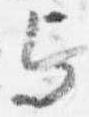
与